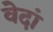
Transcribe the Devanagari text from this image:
वेदां